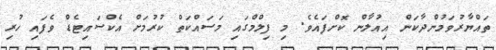
ތައްޔާރުވަމުންދާކަން އިއުލާން ކޮށްފައެވެ. މި ފިލްމްގައި މަސައްކަތް ކުރުމަށް އެކްސައިޓެޑް ވެފައި ހުރި